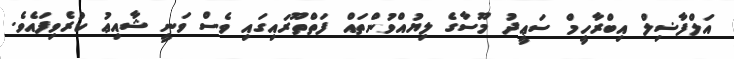
އަލްފާޟިލް އިބްރާހީމް ސަޢީދު މޫސާގެ ލިޔުއްވުންތައް ފަތްތޫރައިގައި ވެސް ވަނީ ޝާއިޢު ކުރެވިފައެވެ.